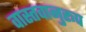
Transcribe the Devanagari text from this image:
वास्तवानुरूप